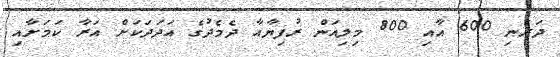
ދަރަނި 600 އާއި 800 މިލިއަން ރުފިޔާއާ ދެމެދުގެ އަދަދަކަށް އަރާ ކަމަށާއި